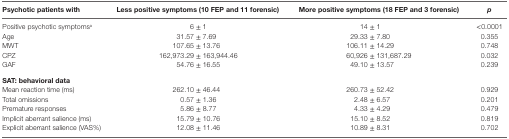
<table><thead><tr><td><b>Psychotic patients with</b></td><td><b>Less positive symptoms (10 FEP and 11 forensic)</b></td><td><b>More positive symptoms (18 FEP and 3 forensic)</b></td><td><b><i>p</i></b></td></tr></thead><tbody><tr><td>Positive psychotic symptoms<sup>a</sup></td><td>6 ± 1</td><td>14 ± 1</td><td>&lt;0.0001</td></tr><tr><td>Age</td><td>31.57 ± 7.69</td><td>29.33 ± 7.80</td><td>0.355</td></tr><tr><td>MWT</td><td>107.65 ± 13.76</td><td>106.11 ± 14.29</td><td>0.748</td></tr><tr><td>CPZ</td><td>162,973.29 ± 163,944.46</td><td>60,926 ± 131,687.29</td><td>0.032</td></tr><tr><td>GAF</td><td>54.76 ± 16.55</td><td>49.10 ± 13.57</td><td>0.239</td></tr><tr><td><b>SAT: behavioral data</b></td><td colspan="3">[EMPTY_CELL]</td></tr><tr><td>Mean reaction time (ms)</td><td>262.10 ± 46.44</td><td>260.73 ± 52.42</td><td>0.929</td></tr><tr><td>Total omissions</td><td>0.57 ± 1.36</td><td>2.48 ± 6.57</td><td>0.201</td></tr><tr><td>Premature responses</td><td>5.86 ± 8.77</td><td>4.33 ± 4.29</td><td>0.479</td></tr><tr><td>Implicit aberrant salience (ms)</td><td>15.79 ± 10.76</td><td>15.10 ± 8.52</td><td>0.819</td></tr><tr><td>Explicit aberrant salience (VAS%)</td><td>12.08 ± 11.46</td><td>10.89 ± 8.31</td><td>0.702</td></tr></tbody></table>